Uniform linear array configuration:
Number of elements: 48
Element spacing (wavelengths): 1
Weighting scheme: kaiser
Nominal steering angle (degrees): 15
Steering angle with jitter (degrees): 15.644
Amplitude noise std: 0.05
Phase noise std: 0.05

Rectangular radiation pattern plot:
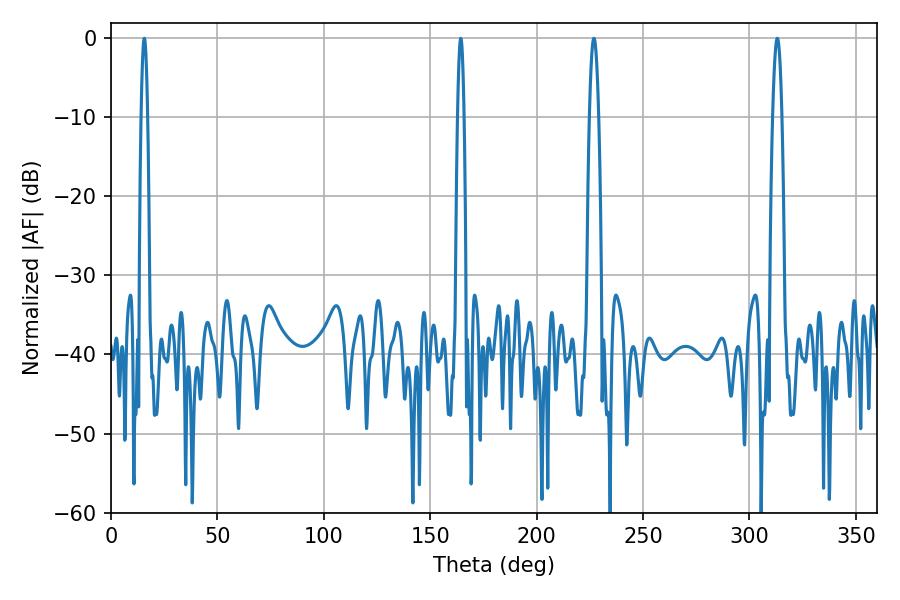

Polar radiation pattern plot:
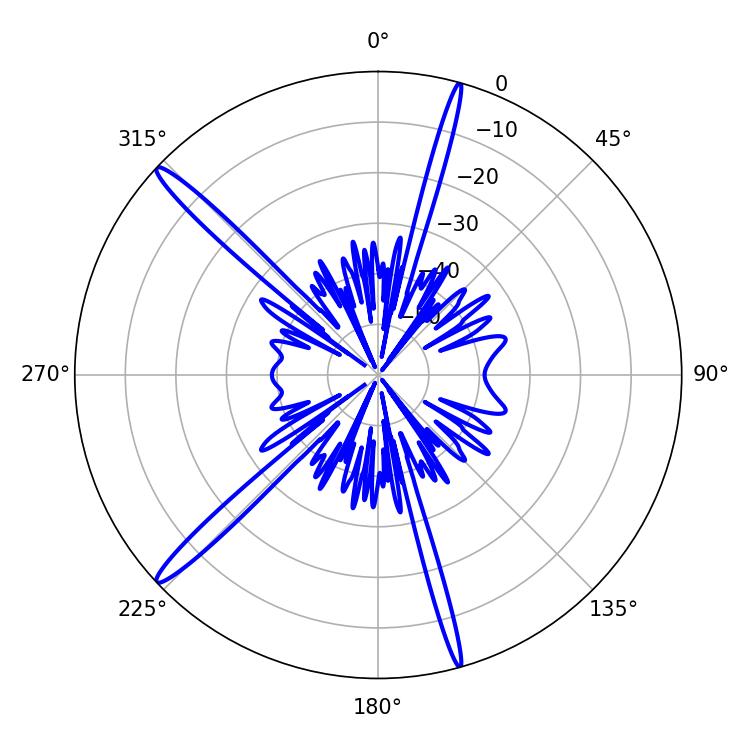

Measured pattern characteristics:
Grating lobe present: TRUE
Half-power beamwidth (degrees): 1.44
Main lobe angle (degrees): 15.66